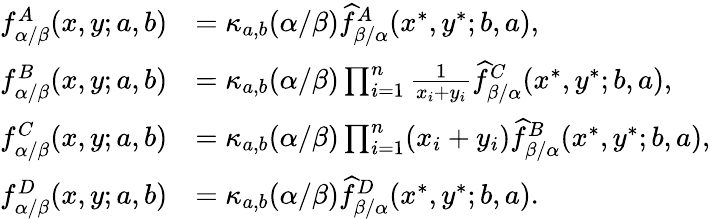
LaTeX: \begin{array}{rl}{f_{\alpha/\beta}^{A}(x,y;a,b)}&{=\kappa_{a,b}(\alpha/\beta)\widehat{f}_{\beta/\alpha}^{A}(x^{*},y^{*};b,a),}\\ {f_{\alpha/\beta}^{B}(x,y;a,b)}&{=\kappa_{a,b}(\alpha/\beta)\prod_{i=1}^{n}\frac{1}{x_{i}+y_{i}}\widehat{f}_{\beta/\alpha}^{C}(x^{*},y^{*};b,a),}\\ {f_{\alpha/\beta}^{C}(x,y;a,b)}&{=\kappa_{a,b}(\alpha/\beta)\prod_{i=1}^{n}(x_{i}+y_{i})\widehat{f}_{\beta/\alpha}^{B}(x^{*},y^{*};b,a),}\\ {f_{\alpha/\beta}^{D}(x,y;a,b)}&{=\kappa_{a,b}(\alpha/\beta)\widehat{f}_{\beta/\alpha}^{D}(x^{*},y^{*};b,a).}\end{array}